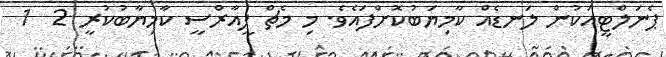
ޕެނަލްޓީއަކުން ލަނޑެއް ކާމިޔަބުކޮށްފައެވެ. މި މެޗް ޕީއާރްސީ ކާމިޔާބުކުރީ 2  1